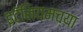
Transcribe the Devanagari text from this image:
इटॅनियमच्या